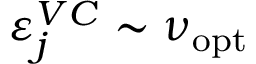
\varepsilon _ { j } ^ { V C } \sim \nu _ { \mathrm { o p t } }